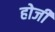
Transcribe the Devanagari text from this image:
होजी